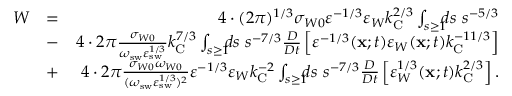
\begin{array} { r l r } { W } & { = } & { 4 \cdot ( 2 \pi ) ^ { 1 / 3 } \sigma _ { W 0 } \varepsilon ^ { - 1 / 3 } \varepsilon _ { W } k _ { \mathrm { { C } } } ^ { 2 / 3 } \int _ { s \ge 1 } \! \! \! d s \ s ^ { - 5 / 3 } } \\ & { - } & { 4 \cdot 2 \pi \frac { \sigma _ { W 0 } } { \omega _ { \mathrm { s w } } \varepsilon _ { \mathrm { { s w } } } ^ { 1 / 3 } } k _ { \mathrm { C } } ^ { 7 / 3 } \int _ { s \ge 1 } \! \! \! d s \ s ^ { - 7 / 3 } \frac { D } { D t } \left[ { \varepsilon ^ { - 1 / 3 } ( { \bf { x } } ; t ) \varepsilon _ { W } ( { \bf { x } } ; t ) k _ { \mathrm { { C } } } ^ { - 1 1 / 3 } } \right] } \\ & { + } & { 4 \cdot 2 \pi \frac { \sigma _ { W 0 } \omega _ { W 0 } } { ( \omega _ { \mathrm { s w } } \varepsilon _ { \mathrm { { s w } } } ^ { 1 / 3 } ) ^ { 2 } } \varepsilon ^ { - 1 / 3 } \varepsilon _ { W } k _ { \mathrm { C } } ^ { - 2 } \int _ { s \ge 1 } \! \! \! d s \ s ^ { - 7 / 3 } \frac { D } { D t } \left[ { \varepsilon _ { W } ^ { 1 / 3 } ( { \bf { x } } ; t ) k _ { \mathrm { { C } } } ^ { 2 / 3 } } \right] . } \end{array}